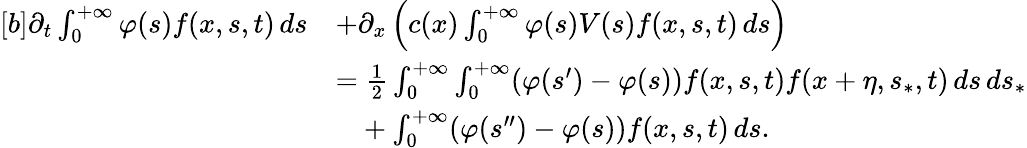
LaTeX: \begin{array}{r}{\begin{array}{rl}{[b]\partial_{t}\int_{0}^{+\infty}\varphi(s)f(x,s,t)\, ds}&{+\partial_{x}\left(c(x)\int_{0}^{+\infty}\varphi(s)V(s)f(x,s,t)\, ds\right)}\\ &{=\frac{1}{2}\int_{0}^{+\infty}\int_{0}^{+\infty}(\varphi(s^{\prime})-\varphi(s))f(x,s,t)f(x+\eta,s_{\ast},t)\, ds\, ds_{\ast}}\\ &{\phantom{=}+\int_{0}^{+\infty}(\varphi(s^{\prime\prime})-\varphi(s))f(x,s,t)\, ds.}\end{array}}\end{array}